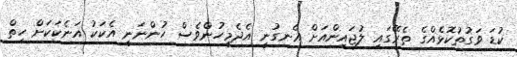
ކުޑަ ވަގުތުކޮޅެއްގެ ތެރޭގައި ލުޖައިންއަށް އެނގުނީ އެދެމީހުންވެސް ހުންނަނީ އެކަކު އަނެކަކަށް ހިތް